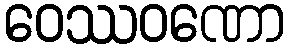
ဝေဿဝဏော